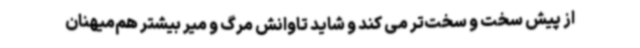
از پیش سخت و سخت‌تر می کند و شاید تاوانش مرگ و میر بیشتر هم‌میهنان